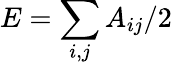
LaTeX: E=\sum_{i,j}A_{ij}/2